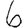
Digit: 6